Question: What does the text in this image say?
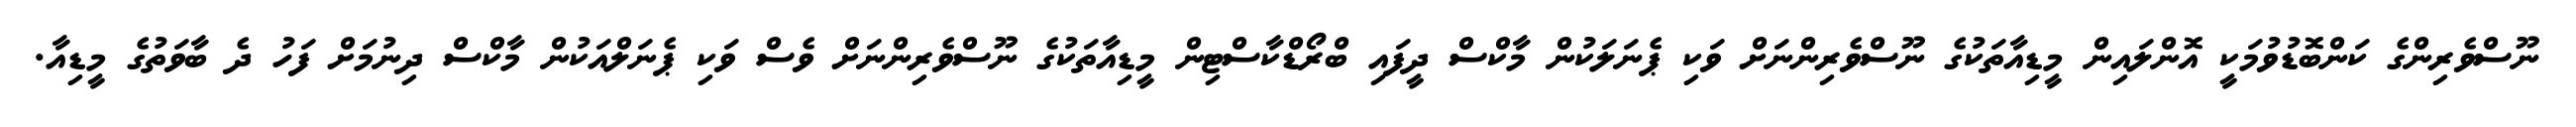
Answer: ނޫސްވެރިންގެ ކަންބޮޑުވުމަކީ އޮންލައިން މީޑިއާތަކުގެ ނޫސްވެރިންނަށް ވަކި ޕެނަލަކުން މާކްސް ދީފައި ބްރޯޑްކާސްޓިން މީޑިއާތަކުގެ ނޫސްވެރިންނަށް ވެސް ވަކި ޕެނަލްއަކުން މާކްސް ދިނުމަށް ފަހު ދެ ބާވަތުގެ މީޑިއާ.